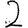
Digit: 2